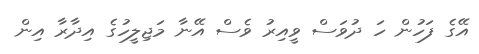
އޭގެ ފަހުން ހަ ދުވަސް ވީއިރު ވެސް އޭނާ މަޖިލީހުގެ އިދާރާ އިން